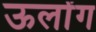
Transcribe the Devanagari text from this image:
ऊलोंग